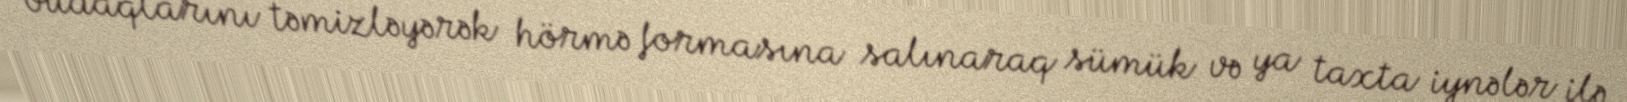
budaqlarını təmizləyərək hörmə formasına salınaraq sümük və ya taxta iynələr ilə